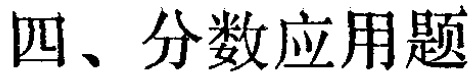
四、分数应用题